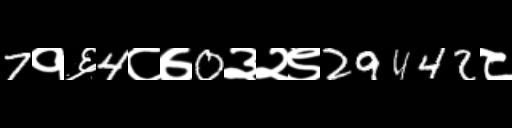
Text: 7१६4८७0३२९29442८